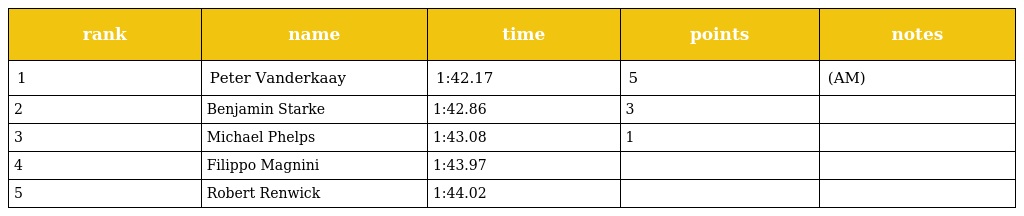
| rank | name | time | points | notes |
 | --- | --- | --- | --- | --- |
 | 1 | Peter Vanderkaay | 1:42.17 | 5 | (AM) |
 | 2 | Benjamin Starke | 1:42.86 | 3 |  |
 | 3 | Michael Phelps | 1:43.08 | 1 |  |
 | 4 | Filippo Magnini | 1:43.97 |  |  |
 | 5 | Robert Renwick | 1:44.02 |  |  |